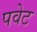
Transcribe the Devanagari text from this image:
पवेट